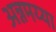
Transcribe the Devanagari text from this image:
अन्नमय्या